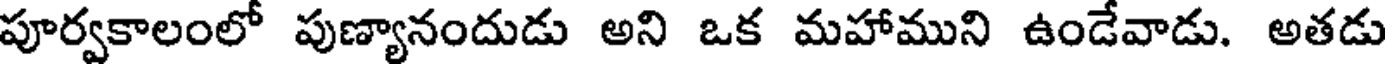
పూర్వకాలంలో పుణ్యానందుడు అని ఒక మహాముని ఉండేవాడు. అతడు